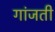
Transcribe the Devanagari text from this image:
गांजती